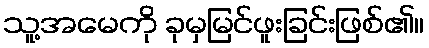
သူ့အမေကို ခုမှမြင်ဖူးခြင်းဖြစ်၏။